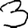
Digit: 3